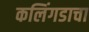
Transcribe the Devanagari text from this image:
कलिंगडाचा